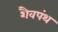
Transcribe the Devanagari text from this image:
शैवपंथ